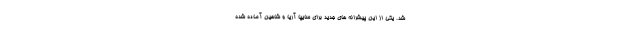
شد. یکی از این پیشرانه های جدید برای سایپا آریا و شاهین آماده شده